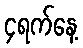
၄ရက်နေ့